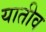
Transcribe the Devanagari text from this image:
यातीव